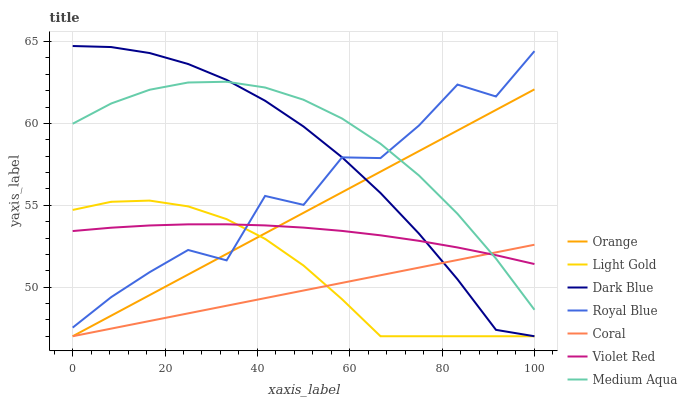
| xaxis_label | Orange | Light Gold | Dark Blue | Royal Blue | Coral | Violet Red | Medium Aqua |
 | --- | --- | --- | --- | --- | --- | --- | --- |
 | 0 | 47 | 54.7 | 64.7 | 47.5 | 47 | 53.4 | 60 |
 | 8.33 | 48.3 | 55.2 | 64.7 | 49.4 | 47.5 | 53.6 | 61.2 |
 | 16.7 | 49.5 | 55.3 | 64.3 | 50.9 | 47.9 | 53.8 | 62.1 |
 | 25 | 50.8 | 54.9 | 63.6 | 52.3 | 48.4 | 53.8 | 62.5 |
 | 33.3 | 52 | 54.2 | 62.7 | 51.6 | 48.9 | 53.8 | 62.5 |
 | 41.7 | 53.3 | 52.9 | 61.4 | 55.6 | 49.3 | 53.8 | 62.2 |
 | 50 | 54.5 | 51.3 | 59.8 | 55 | 49.8 | 53.6 | 61.4 |
 | 58.3 | 55.8 | 49.3 | 57.9 | 57.9 | 50.3 | 53.4 | 60.3 |
 | 66.7 | 57.1 | 47 | 55.7 | 57.9 | 50.7 | 53.2 | 58.8 |
 | 75 | 58.3 | 47 | 53.3 | 59.9 | 51.2 | 52.8 | 56.8 |
 | 83.3 | 59.6 | 47 | 50.5 | 62.4 | 51.7 | 52.4 | 54.5 |
 | 91.7 | 60.8 | 47 | 47.4 | 61.6 | 52.1 | 52 | 51.7 |
 | 100 | 62.1 | 47 | 47 | 64.4 | 52.6 | 51.4 | 48.6 |